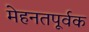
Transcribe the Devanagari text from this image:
मेहनतपूर्वक